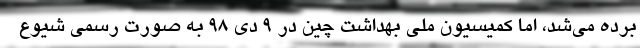
‌برده می‌شد، اما کمیسیون ملی بهداشت چین در ۹ دی ۹۸ به ‌صورت رسمی شیوع